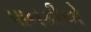
પાનકીએ